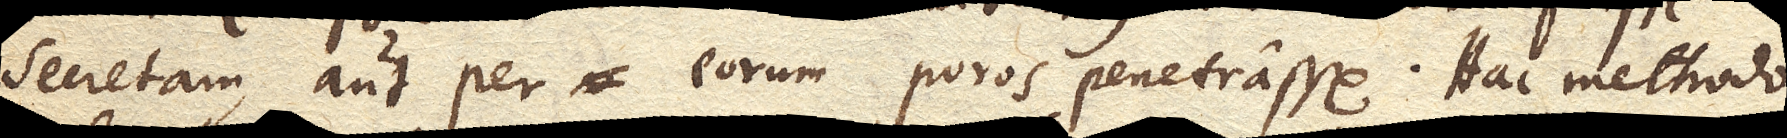
secretam, aut per eorum poros penetrasse. Hac methodo